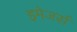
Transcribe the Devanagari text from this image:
इमेजर्स